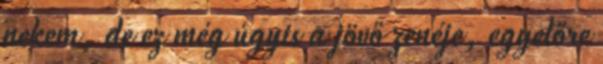
nekem, de ez még úgyis a jövő zenéje, egyelőre